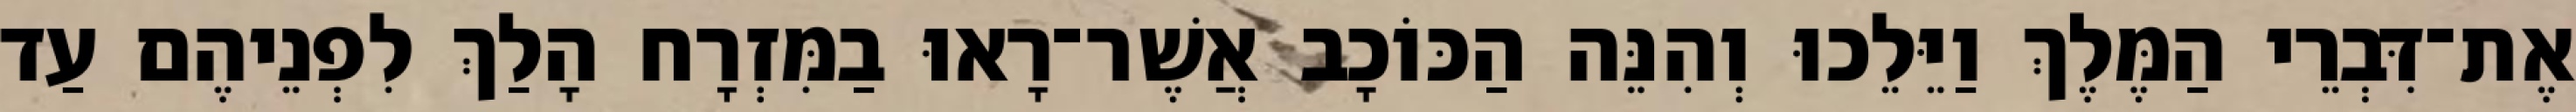
אֶת־דִּבְרֵי הַמֶּלֶךְ וַיֵּלֵכוּ וְהִנֵּה הַכּוֹכָב אֲשֶׁר־רָאוּ בַמִּזְרָח הָלַךְ לִפְנֵיהֶם עַד